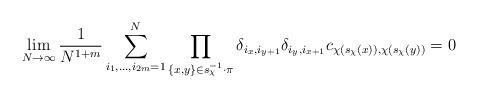
LaTeX: \begin{align*}\lim_{N \to \infty} \frac{1}{N^{1+m}} \sum^N_{i_1, \ldots, i_{2m}=1} \prod_{\{x,y\} \in s_\chi^{-1} \cdot \pi} \delta_{i_{x}, i_{y + 1}}\delta_{i_{y}, i_{x + 1}} c_{\chi(s_\chi(x)), \chi(s_\chi(y))} = 0 \end{align*}